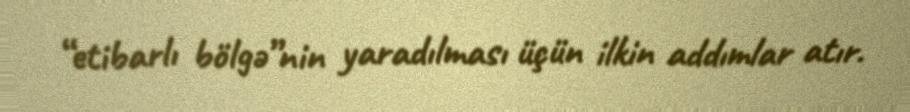
“etibarlı bölgə”nin yaradılması üçün ilkin addımlar atır.